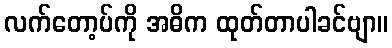
လက်တော့ပ်ကို အဓိက ထုတ်တာပါခင်ဗျာ။